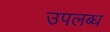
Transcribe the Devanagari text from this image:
उपलब्‍ध्‍ा